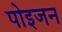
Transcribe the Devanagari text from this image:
पोइजन